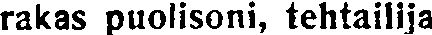
rakas puolisoni, tehtailija